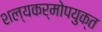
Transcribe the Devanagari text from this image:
शल्यकर्मोपयुक्त